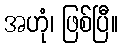
အဟုံ၊ ဖြစ်ပြီ။